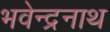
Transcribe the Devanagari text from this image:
भवेन्द्रनाथ